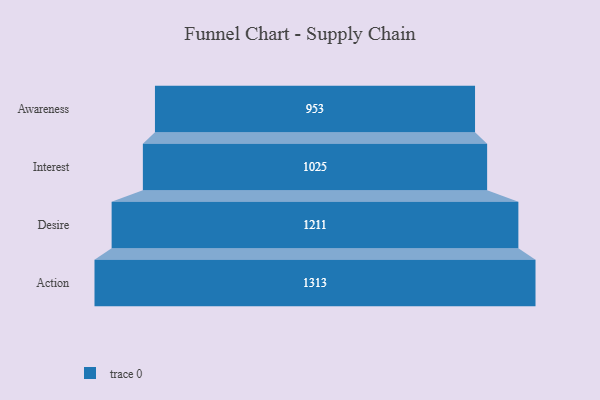
{"axis": {"x": "Stage", "y": "Value"}, "legend": [""], "data": [{"x": "Awareness", "y": 953.0, "type": ""}, {"x": "Interest", "y": 1025.0, "type": ""}, {"x": "Desire", "y": 1211.0, "type": ""}, {"x": "Action", "y": 1313.0, "type": ""}]}